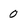
Character: 0